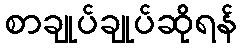
စာချုပ်ချုပ်ဆိုရန်